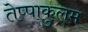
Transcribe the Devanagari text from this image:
तेप्पाकुलम